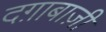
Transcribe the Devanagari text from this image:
दग़ाबाज़ी